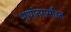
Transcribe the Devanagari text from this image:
भाषांतरासहित